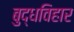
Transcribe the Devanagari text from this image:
बुद्धविहार